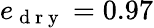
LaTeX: e_{\mathrm{~d~r~y~}}=0.97